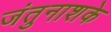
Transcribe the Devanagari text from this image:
जंतुनाशके